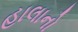
હાલાનો